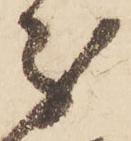
分